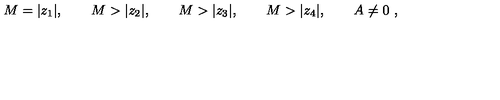
M = | z _ { 1 } | , \qquad M > | z _ { 2 } | , \qquad M > | z _ { 3 } | , \qquad M > | z _ { 4 } | , \qquad A \neq 0 \ ,